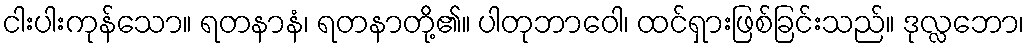
ငါးပါးကုန်သော။ ရတနာနံ၊ ရတနာတို့၏။ ပါတုဘာဝေါ၊ ထင်ရှားဖြစ်ခြင်းသည်။ ဒုလ္လဘော၊